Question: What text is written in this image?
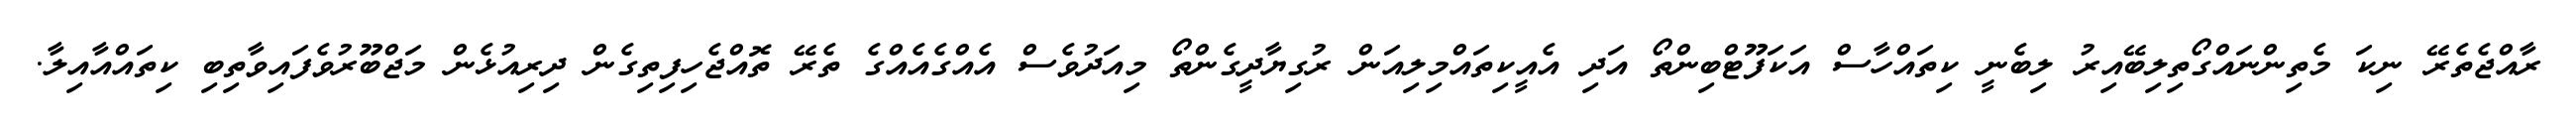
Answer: ރާއްޖެތެރޭ ނިކަ މެތިންނައްގޯތިލިބޭއިރު ލިބެނީ ކިތައްހާސް އަކަފޫޓްބިންތޯ އަދި އެއީކިތައްމިލިއަން ރުގިޔާދީގެންތޯ މިއަދުވެސް އެއްގެއެއްގެ ތެރޭ ތޮއްޖެހިފިތިގެން ދިރިއުޅެން މަޖްބޫރުވެފައިވާތިބި ކިތައްއާއިލާ.